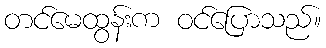
တင်မေထွန်းက ဝင်ပြောသည်။